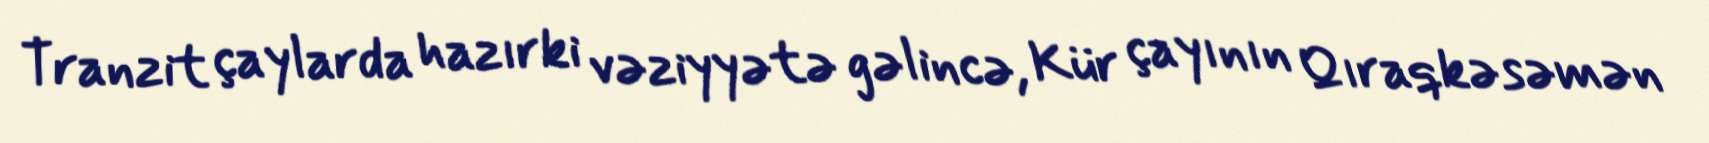
Tranzit çaylarda hazırki vəziyyətə gəlincə, Kür çayının Qıraqkəsəmən